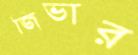
জিভার